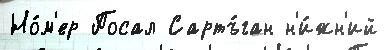
Но́м'ер Посал Сартъ́ган н'и́жн'ий